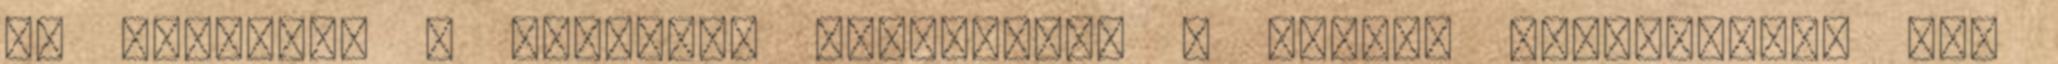
is kedvelik a külföldi férfiakat, a válasz egyöntetűen az,